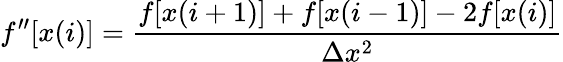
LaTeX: f^{\prime\prime}[x(i)]=\frac{f[x(i+1)]+f[x(i-1)]-2f[x(i)]}{\Delta x^{2}}